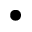
\bullet